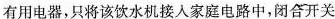
有用电器，只将该饮水机接入家庭电路中，闭合开关